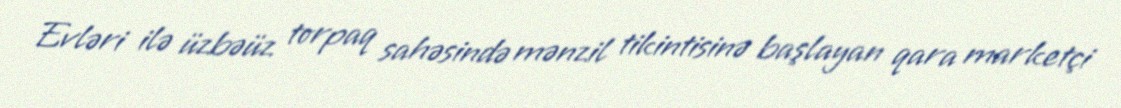
Evləri ilə üzbəüz torpaq sahəsində mənzil tikintisinə başlayan qara marketçi